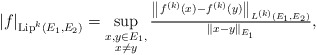
\begin{align*} \left| f \right|_{ \operatorname{Lip}^k( E_1, E_2 ) } = \sup_{ \substack{ x, y \in E_1 , \\ x \neq y } } \tfrac{ \left\| f^{ (k) }( x ) - f^{ (k) }( y ) \right\|_{ L^{ (k) }( E_1, E_2 ) } }{ \left\| x - y \right\|_{ E_1 } } ,\end{align*}